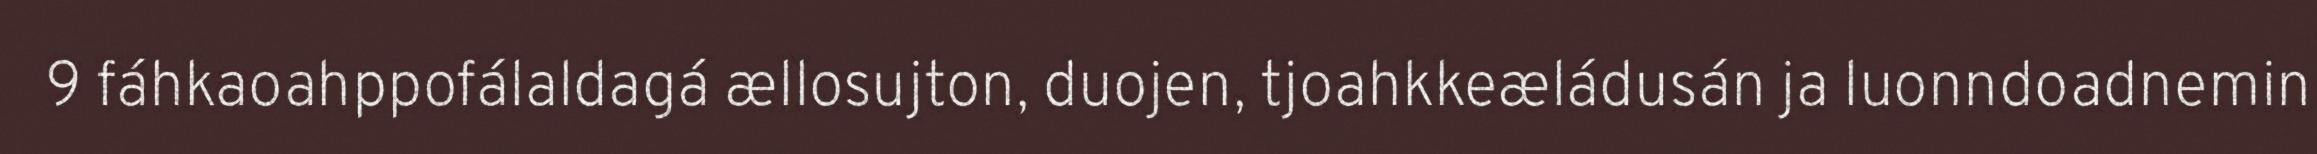
9 fáhkaoahppofálaldagá ællosujton, duojen, tjoahkkeæládusán ja luonndoadnemin